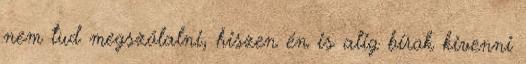
nem tud megszólalni, hiszen én is alig bírok kivenni